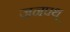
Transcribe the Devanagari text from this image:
जनपथ्